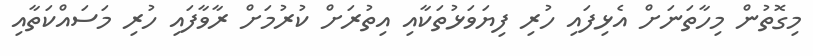
މިގޮތުން މިހާތަނަށް އެޅިފައި ހުރި ފިޔަވަޅުތަކާއި އިތުރަށް ކުރުމަށް ރާވާފައި ހުރި މަސައްކަތާއި